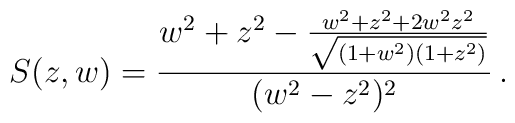
S(z,w)=\frac{w^2+z^2-\frac{w^2+z^2+2w^2z^2}{\sqrt{(1+w^2)(1+z^2)}}}  {(w^2-z^2)^2}\,.